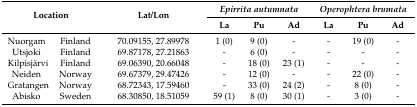
| <ROWSPAN=2-COLSPAN=2> Location | <ROWSPAN=2> Lat/Lon | <COLSPAN=3> Epirrita autumnata | <COLSPAN=3> Operophtera brumata |
 | La | Pu | Ad | La | Pu | Ad |
 | --- | --- | --- | --- | --- | --- | --- | --- | --- |
 | Nuorgam | Finland | 70.09155, 27.89978 | 1 (0) | 9 (0) | - | - | 19 (0) | - |
 | Utsjoki | Finland | 69.87178, 27.21863 | - | 6 (0) | - | - | - | - |
 | Kilpisjärvi | Finland | 69.06390, 20.66048 | - | 18 (0) | 23 (1) | - | - | - |
 | Neiden | Norway | 69.67379, 29.47426 | - | 12 (0) | - | - | 22 (0) | - |
 | Gratangen | Norway | 68.72343, 17.59460 | - | 33 (0) | 24 (2) | - | 8 (0) | - |
 | Abisko | Sweden | 68.30850, 18.51059 | 59 (1) | 8 (0) | 30 (1) | - | 3 (0) | - |